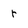
Character: r